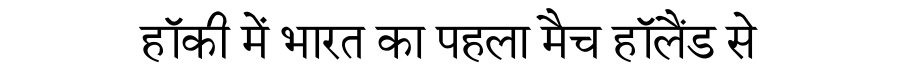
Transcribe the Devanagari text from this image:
हॉकी में भारत का पहला मैच हॉलैंड से